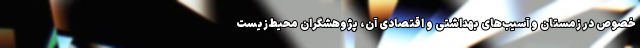
خصوص در زمستان و آسیب‌های بهداشتی و اقتصادی آن، پژوهشگران محیط‌زیست